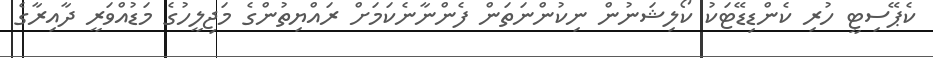
ކެޕޭސިޓީ ހުރި ކެންޑިޑޭޓަކު ކޯލިޝަނުން ނިކުންނަތަން ފެންނާނެކަމަށް ރައްޔިތުންގެ މަޖިލީހުގެ މަޑުއްވަރީ ދާއިރާގެ